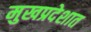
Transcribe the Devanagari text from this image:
मुखप्रदेशात